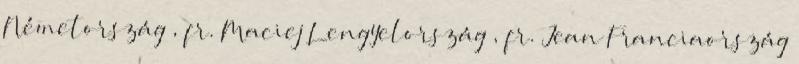
Németország , fr. Maciej Lengyelország , fr. Jean Franciaország